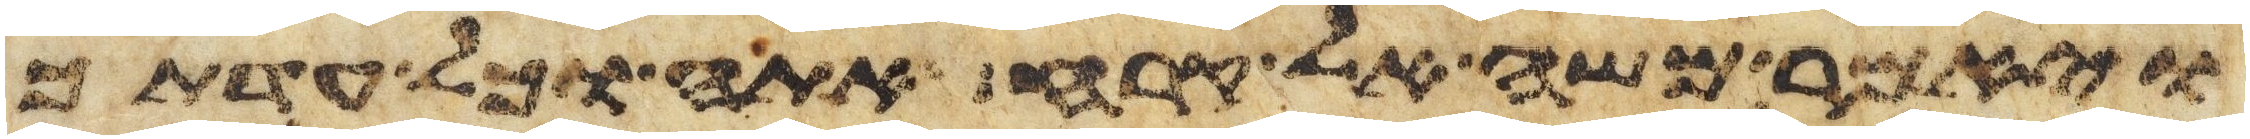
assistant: ויאמר משה אל קרח אתה וכל עדתך